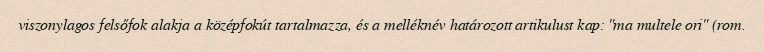
viszonylagos felsőfok alakja a középfokút tartalmazza, és a melléknév határozott artikulust kap: "ma multele ori" (rom.